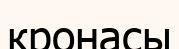
кронасы